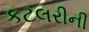
કટલરીની